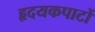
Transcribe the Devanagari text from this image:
हृदयकपाटों